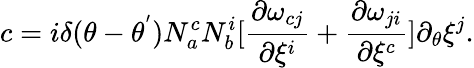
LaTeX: c=i{\delta}(\theta-{\theta}^{'})N_{a}^{c}N_{b}^{i}[\frac{{\partial}{\omega}_{cj}}{{\partial{\xi}^{i}}}+\frac{{\partial}{\omega}_{ji}}{{\partial{\xi}^{c}}}]\partial_{\theta}{\xi}^{j}.